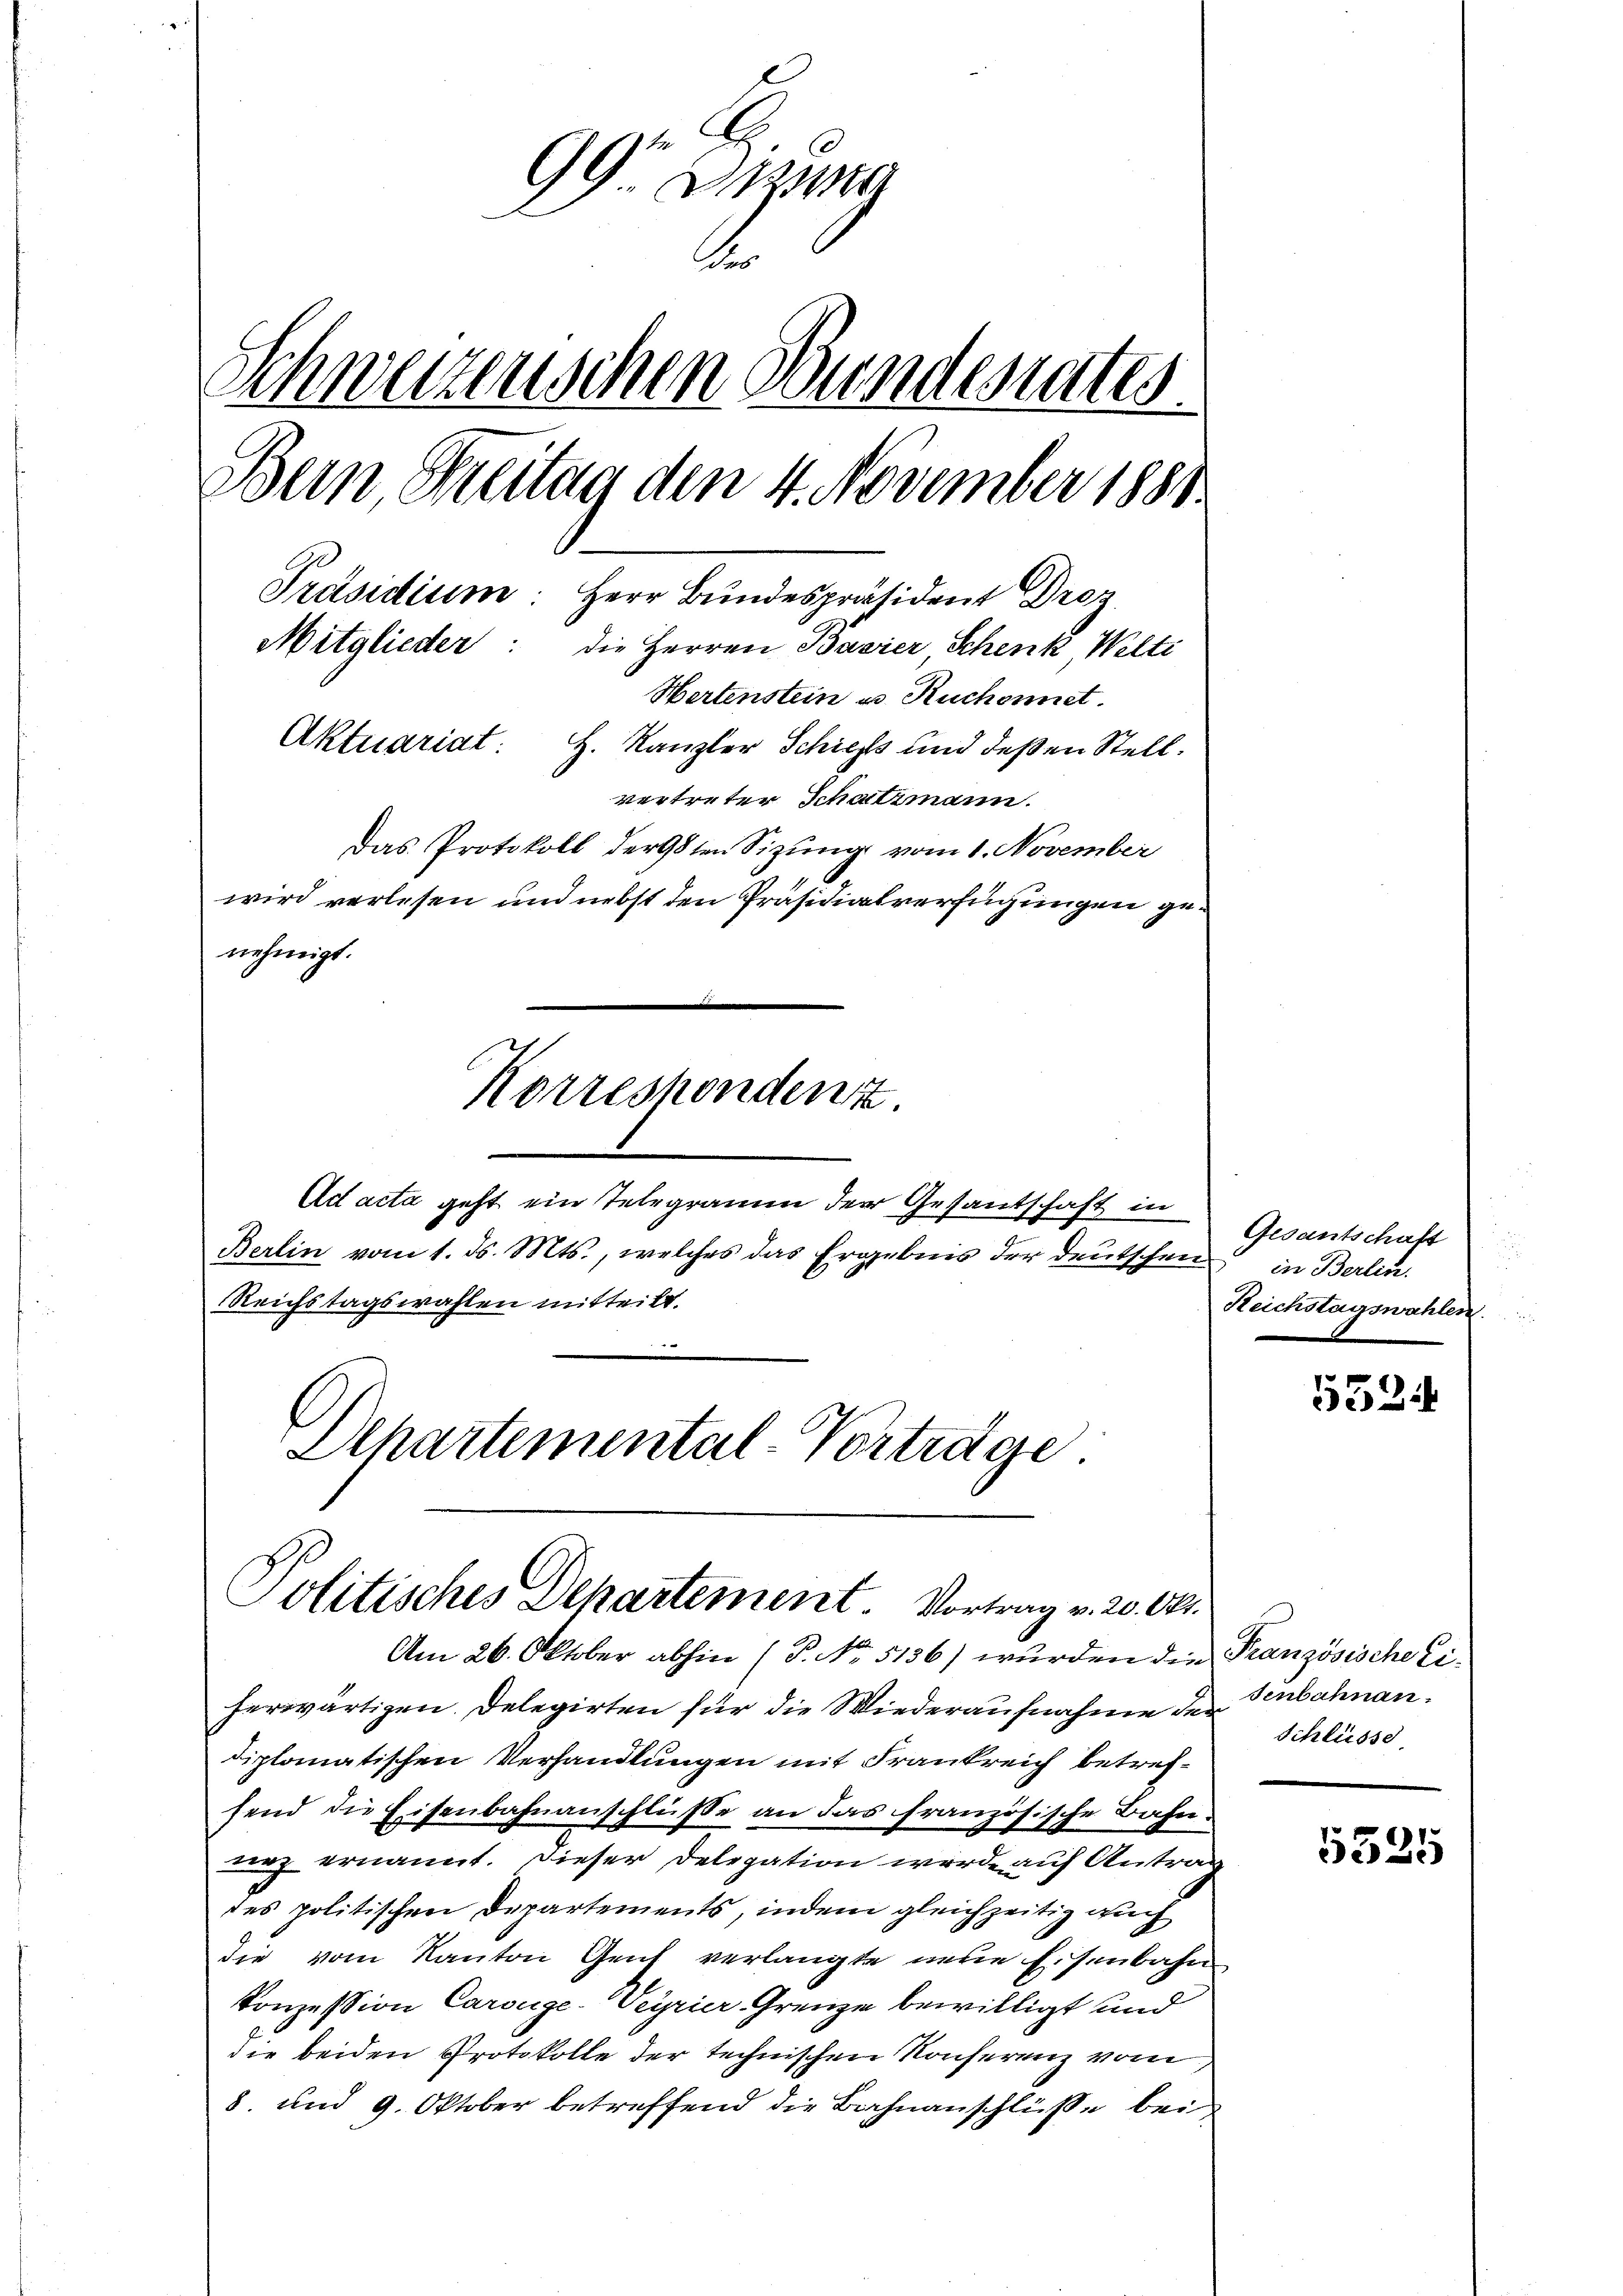
99. Bezug
.
Schweizenschen Bundesrates.
Bern Breitag den 4. November 1881.
Präsidium: Herr Bundespräsident Droz
Mitglieder: die Herren Bavier Schenk Welti
Hertenstein u. Ruchonnet.
Aktuariat: H. Kanzler Schiehts und deßen Stell
vertreter Schatzmann.
Das Protokoll der 98ten Sizŭng vom 1. November
wird verlesen und nebst den Präsidialverfügungen genehmigt.
Korreshondenz.

Berlin vom 1. d. Mts., welches das Ergebnis der deutschen in Berlin.
Reichstagswahlen mitteilt.
Departemental-Vorträge

Ad acta geht ein Telegramm der Gesantschaft in

Am 26. Oktober abhin (P. No. 5136) wurden die Französische Eiherwärtigen. Delegirten für die Wiederaufnahme der
diplomatischen Verhandlungen mit Frankreich betrefhend die Eisenbahnanschlüsse an das französische Bahnuh ernannt. Dieser Delegation werde auf Antrag
des politischen Departements, indem gleichzeitig auch
die vom Kanton Genf verlangte neue Eisenbahn
Konzession Carouge-Veyrier Grenze bewilligt und
die beiden Protokolle der technischen Konferenz vom
8. und 9. Oktober betreffend die Bahnanschlüße bei

Politisches Departement. Vortrag v. 20. Okt.

Gesantschaft
Reichstagswahlen.

5524

senbahnan
Schlüsse

5525